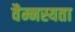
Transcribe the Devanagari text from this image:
वैम्नस्यता